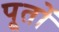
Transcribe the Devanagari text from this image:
पूतों